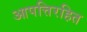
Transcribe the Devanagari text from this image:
आपत्तिरहित